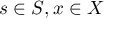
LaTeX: s \in S , x \in X